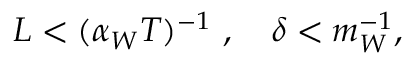
L < ( \alpha _ { W } T ) ^ { - 1 } \ , \ \ \ \delta < m _ { W } ^ { - 1 } ,